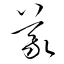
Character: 義